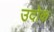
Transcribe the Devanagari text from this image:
उदोक